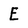
Character: E